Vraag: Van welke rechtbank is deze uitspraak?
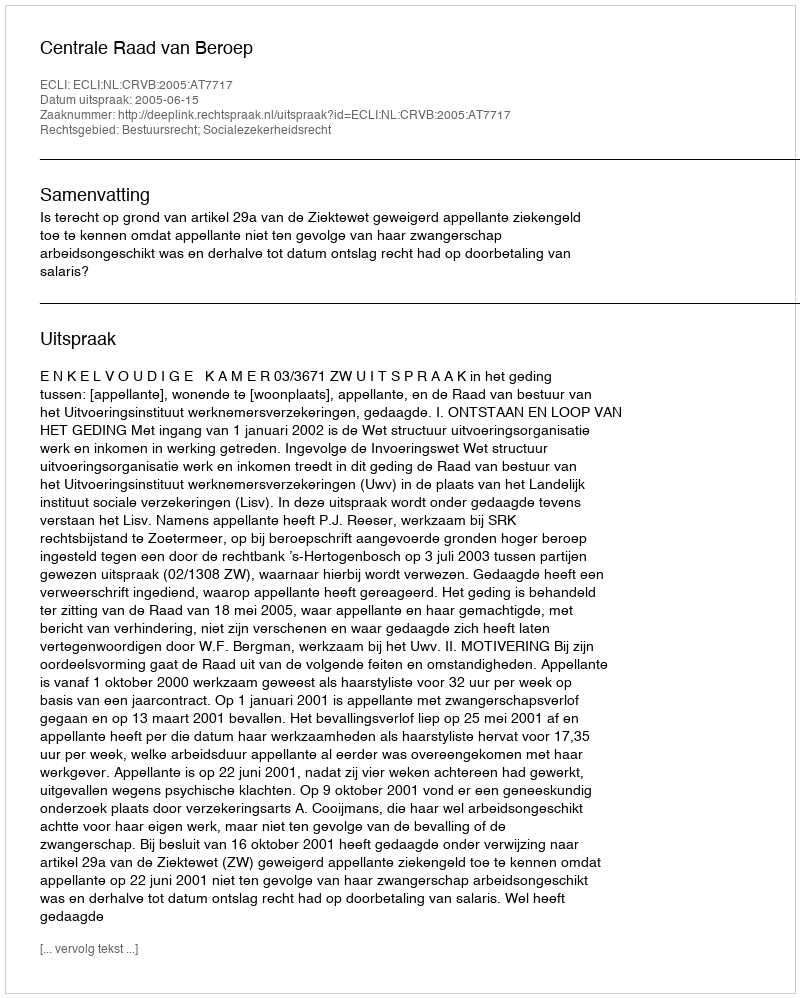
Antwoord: Centrale Raad van Beroep